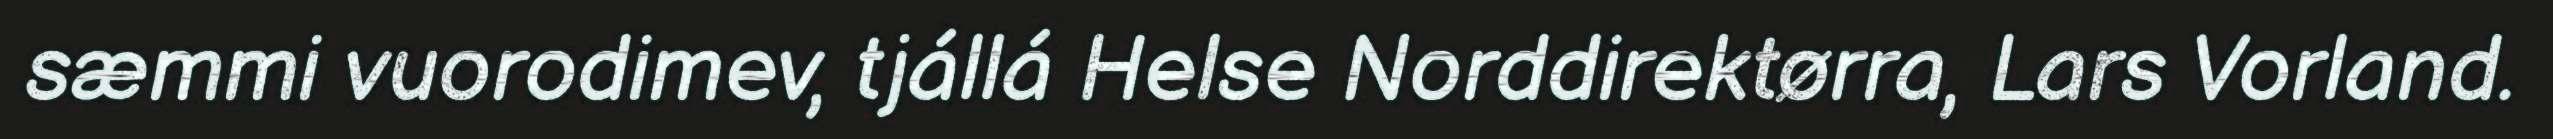
sæmmi vuorodimev, tjállá Helse Norddirektørra, Lars Vorland.